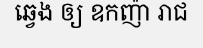
ឆ្វេង ឲ្យ ឧកញ៉ា រាជ